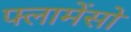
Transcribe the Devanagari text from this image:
फ्लामेंसो